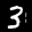
Label: 3